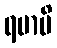
ရမာမိ